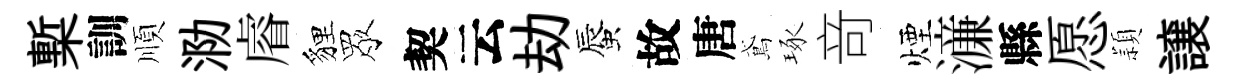
槧訓順泐𥈠貍眾契云劫蜃故唐鳶琢竒煙濓縣愿頴譲